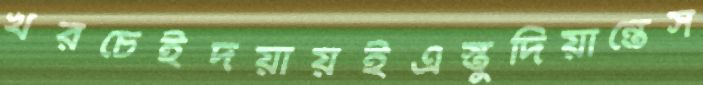
খরচেইদয়ায়ইএস্তুদিয়ান্তেস